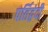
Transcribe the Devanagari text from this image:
पर्तिद्वंदी